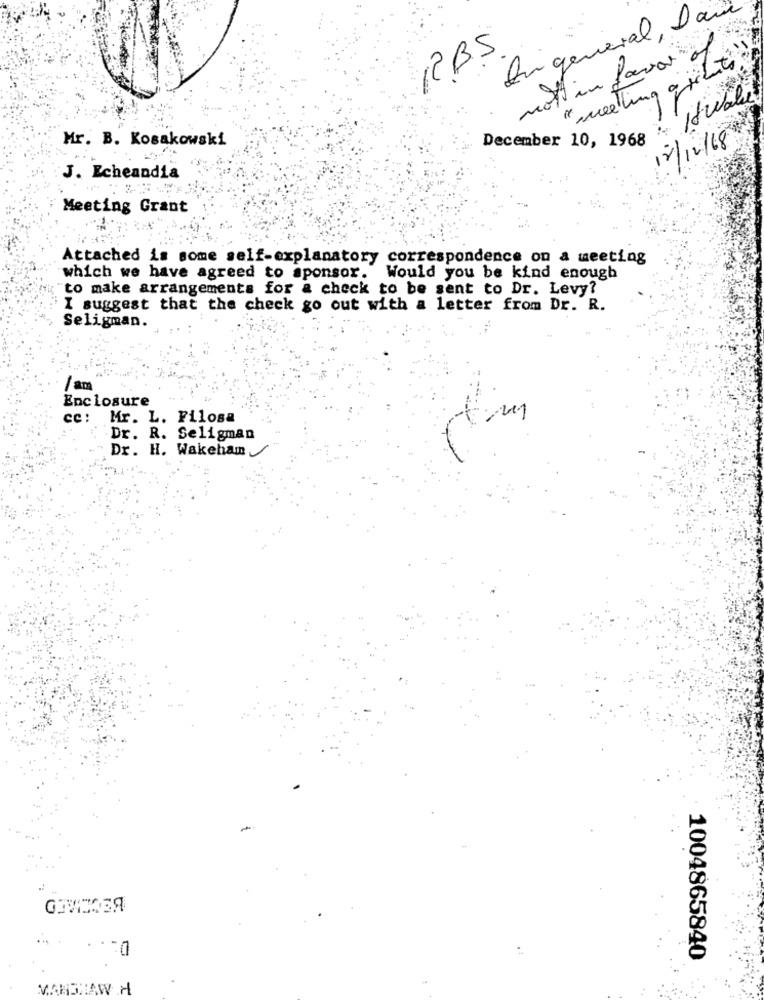
bigeneral ,.
PBS
ott in favor
"meeting archies
December 10, 1968 - 18wall
Mr. B. Kosakowski
12/12/18
J. Echeandia
Meeting Grant
Attached is some self-explanatory correspondence on a meeting
which we have agreed to sponsor. Would you be kind enough
to make arrangements for a check to be sent to Dr. Levy?
I suggest that the check go out with a letter from Dr. R.
Seligman.
I am
Enclosure
cc: Mr. L. Filosa
Dr. R. Seligman
Dr. H. Wakeham
1004865840
£
MARINAW H